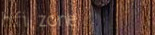
hifi zone